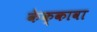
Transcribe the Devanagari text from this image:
केक्कावा